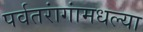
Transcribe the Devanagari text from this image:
पर्वतरांगांमधल्या